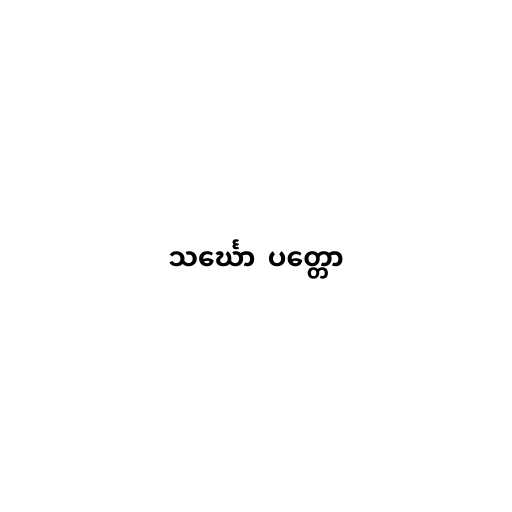
သင်္ဃော  ပတ္တော